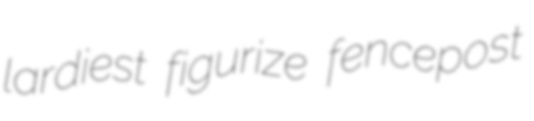
lardiest figurize fencepost